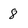
Character: 8